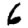
Digit: 6